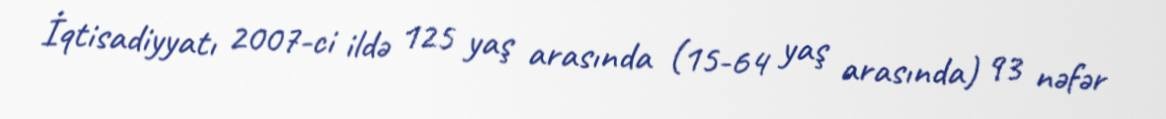
İqtisadiyyatı 2007-ci ildə 125 yaş arasında (15-64 yaş arasında) 93 nəfər